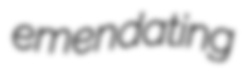
emendating